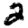
Digit: 2